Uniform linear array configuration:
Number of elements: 8
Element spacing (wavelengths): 1
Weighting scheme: binomial
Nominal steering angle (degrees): -60
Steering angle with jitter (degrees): -60.782
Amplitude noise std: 0.05
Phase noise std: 0.05

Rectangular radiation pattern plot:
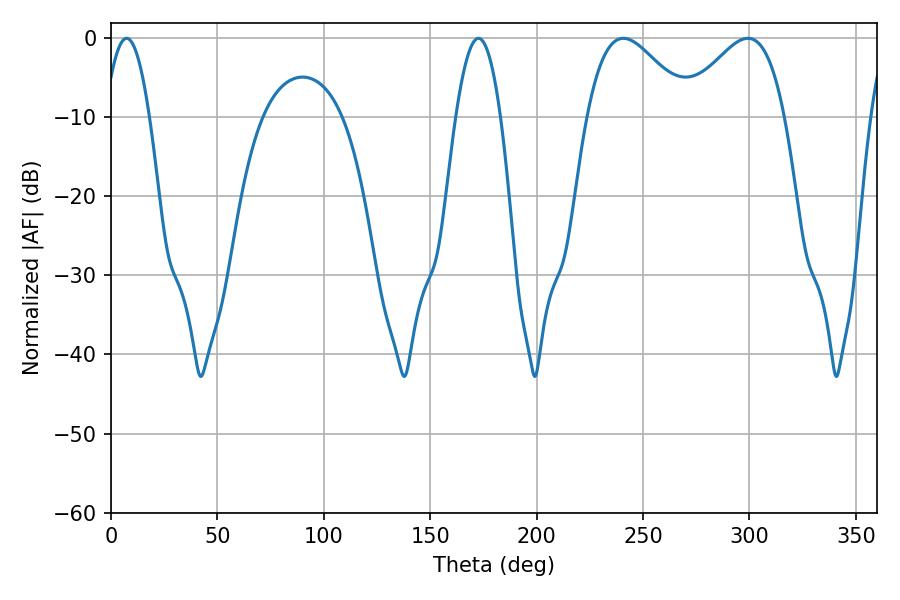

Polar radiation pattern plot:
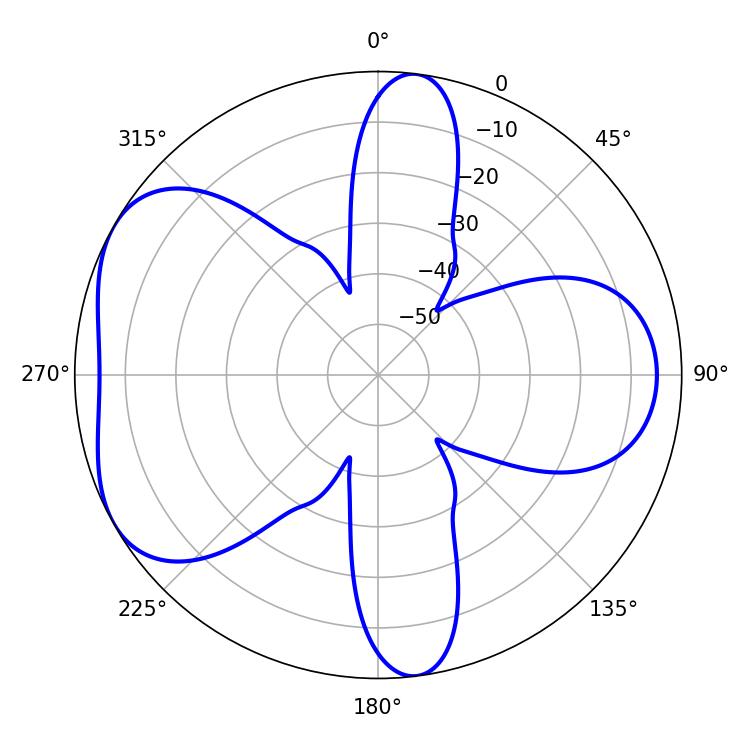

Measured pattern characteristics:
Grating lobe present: TRUE
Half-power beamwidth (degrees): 25.92
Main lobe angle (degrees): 240.66